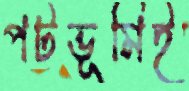
পটভূমিই